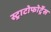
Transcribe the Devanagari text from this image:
स्ट्राटोफोर्ट्रेस